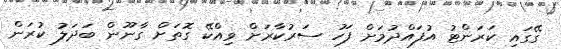
ގޭގައި ކަރަންޓު އުފައްދުމަށް ފަހު ސަރުކާރަށް ވިއްކޭ ގޮތަށް ގާނޫން ބަދަލު ކުރަން